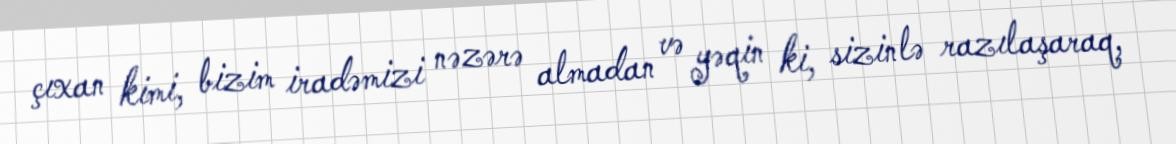
çıxan kimi, bizim iradəmizi nəzərə almadan və yəqin ki, sizinlə razılaşaraq,